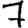
Digit: 7